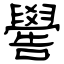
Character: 嚳